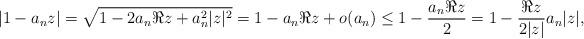
LaTeX: \begin{align*}|1-a_n z| = \sqrt{1- 2 a_n \Re z + a_n^2 |z|^2} = 1- a_n \Re z + o(a_n) \leq 1 - \frac {a_n \Re z}2 = 1 - \frac{\Re z}{2|z|}a_n |z| ,\end{align*}